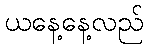
ယနေ့နေ့လည်